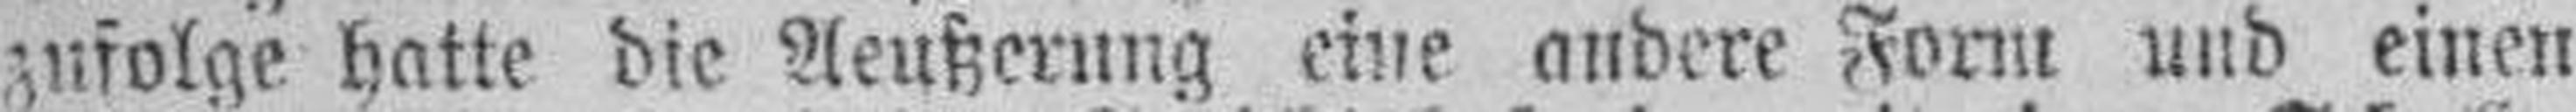
zufolge hatte die Aeußerung eine andere Form und einen